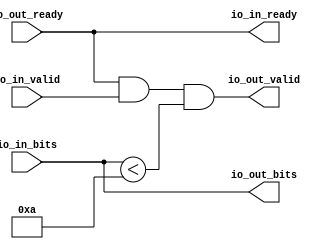
module SmallOdds3Filter(
  output        io_in_ready,
  input         io_in_valid,
  input  [31:0] io_in_bits,
  input         io_out_ready,
  output        io_out_valid,
  output [31:0] io_out_bits
);
  wire  _T_16 = io_in_bits < 32'ha; // @[SmallOdds3.scala 28:38]
  assign io_in_ready = io_out_ready; // @[SmallOdds3.scala 19:18]
  assign io_out_valid = io_out_ready & io_in_valid & _T_16; // @[SmallOdds3.scala 22:49]
  assign io_out_bits = io_in_bits; // @[SmallOdds3.scala 20:18]
endmodule
module Queue(
  input         clock,
  input         reset,
  output        io_enq_ready,
  input         io_enq_valid,
  input  [31:0] io_enq_bits,
  input         io_deq_ready,
  output        io_deq_valid,
  output [31:0] io_deq_bits
);
`ifdef RANDOMIZE_MEM_INIT
  reg [31:0] _RAND_0;
`endif // RANDOMIZE_MEM_INIT
`ifdef RANDOMIZE_REG_INIT
  reg [31:0] _RAND_1;
`endif // RANDOMIZE_REG_INIT
  reg [31:0] ram [0:0]; // @[Decoupled.scala 200:24]
  wire  ram__T_43_en; // @[Decoupled.scala 200:24]
  wire  ram__T_43_addr; // @[Decoupled.scala 200:24]
  wire [31:0] ram__T_43_data; // @[Decoupled.scala 200:24]
  wire [31:0] ram__T_34_data; // @[Decoupled.scala 200:24]
  wire  ram__T_34_addr; // @[Decoupled.scala 200:24]
  wire  ram__T_34_mask; // @[Decoupled.scala 200:24]
  wire  ram__T_34_en; // @[Decoupled.scala 200:24]
  reg  maybe_full; // @[Decoupled.scala 203:35]
  wire  _T_26 = ~maybe_full; // @[Decoupled.scala 206:36]
  wire  do_enq = io_enq_ready & io_enq_valid; // @[Decoupled.scala 29:37]
  wire  do_deq = io_deq_ready & io_deq_valid; // @[Decoupled.scala 29:37]
  assign ram__T_43_en = 1'h1;
  assign ram__T_43_addr = 1'h0;
  assign ram__T_43_data = ram[ram__T_43_addr]; // @[Decoupled.scala 200:24]
  assign ram__T_34_data = io_enq_bits;
  assign ram__T_34_addr = 1'h0;
  assign ram__T_34_mask = 1'h1;
  assign ram__T_34_en = io_enq_ready & io_enq_valid;
  assign io_enq_ready = ~maybe_full; // @[Decoupled.scala 223:19]
  assign io_deq_valid = ~_T_26; // @[Decoupled.scala 222:19]
  assign io_deq_bits = ram__T_43_data; // @[Decoupled.scala 224:15]
  always @(posedge clock) begin
    if (ram__T_34_en & ram__T_34_mask) begin
      ram[ram__T_34_addr] <= ram__T_34_data; // @[Decoupled.scala 200:24]
    end
    if (reset) begin // @[Decoupled.scala 203:35]
      maybe_full <= 1'h0; // @[Decoupled.scala 203:35]
    end else if (do_enq != do_deq) begin // @[Decoupled.scala 218:27]
      maybe_full <= do_enq; // @[Decoupled.scala 219:16]
    end
  end
// Register and memory initialization
`ifdef RANDOMIZE_GARBAGE_ASSIGN
`define RANDOMIZE
`endif
`ifdef RANDOMIZE_INVALID_ASSIGN
`define RANDOMIZE
`endif
`ifdef RANDOMIZE_REG_INIT
`define RANDOMIZE
`endif
`ifdef RANDOMIZE_MEM_INIT
`define RANDOMIZE
`endif
`ifndef RANDOM
`define RANDOM $random
`endif
`ifdef RANDOMIZE_MEM_INIT
  integer initvar;
`endif
`ifndef SYNTHESIS
`ifdef FIRRTL_BEFORE_INITIAL
`FIRRTL_BEFORE_INITIAL
`endif
initial begin
  `ifdef RANDOMIZE
    `ifdef INIT_RANDOM
      `INIT_RANDOM
    `endif
    `ifndef VERILATOR
      `ifdef RANDOMIZE_DELAY
        #`RANDOMIZE_DELAY begin end
      `else
        #0.002 begin end
      `endif
    `endif
`ifdef RANDOMIZE_MEM_INIT
  _RAND_0 = {1{`RANDOM}};
  for (initvar = 0; initvar < 1; initvar = initvar+1)
    ram[initvar] = _RAND_0[31:0];
`endif // RANDOMIZE_MEM_INIT
`ifdef RANDOMIZE_REG_INIT
  _RAND_1 = {1{`RANDOM}};
  maybe_full = _RAND_1[0:0];
`endif // RANDOMIZE_REG_INIT
  `endif // RANDOMIZE
end // initial
`ifdef FIRRTL_AFTER_INITIAL
`FIRRTL_AFTER_INITIAL
`endif
`endif // SYNTHESIS
endmodule
module SmallOdds3Filter_1(
  output        io_in_ready,
  input         io_in_valid,
  input  [31:0] io_in_bits,
  input         io_out_ready,
  output        io_out_valid,
  output [31:0] io_out_bits
);
  wire [31:0] _T_16 = io_in_bits & 32'h1; // @[SmallOdds3.scala 30:52]
  wire  _T_18 = _T_16 == 32'h1; // @[SmallOdds3.scala 30:59]
  assign io_in_ready = io_out_ready; // @[SmallOdds3.scala 19:18]
  assign io_out_valid = io_out_ready & io_in_valid & _T_18; // @[SmallOdds3.scala 22:49]
  assign io_out_bits = io_in_bits; // @[SmallOdds3.scala 20:18]
endmodule
module SmallOdds3(
  input         clock,
  input         reset,
  output        io_in_ready,
  input         io_in_valid,
  input  [31:0] io_in_bits,
  input         io_out_ready,
  output        io_out_valid,
  output [31:0] io_out_bits
);
  wire  SmallOdds3Filter_io_in_ready; // @[SmallOdds3.scala 28:24]
  wire  SmallOdds3Filter_io_in_valid; // @[SmallOdds3.scala 28:24]
  wire [31:0] SmallOdds3Filter_io_in_bits; // @[SmallOdds3.scala 28:24]
  wire  SmallOdds3Filter_io_out_ready; // @[SmallOdds3.scala 28:24]
  wire  SmallOdds3Filter_io_out_valid; // @[SmallOdds3.scala 28:24]
  wire [31:0] SmallOdds3Filter_io_out_bits; // @[SmallOdds3.scala 28:24]
  wire  Queue_clock; // @[SmallOdds3.scala 29:24]
  wire  Queue_reset; // @[SmallOdds3.scala 29:24]
  wire  Queue_io_enq_ready; // @[SmallOdds3.scala 29:24]
  wire  Queue_io_enq_valid; // @[SmallOdds3.scala 29:24]
  wire [31:0] Queue_io_enq_bits; // @[SmallOdds3.scala 29:24]
  wire  Queue_io_deq_ready; // @[SmallOdds3.scala 29:24]
  wire  Queue_io_deq_valid; // @[SmallOdds3.scala 29:24]
  wire [31:0] Queue_io_deq_bits; // @[SmallOdds3.scala 29:24]
  wire  SmallOdds3Filter_1_io_in_ready; // @[SmallOdds3.scala 30:24]
  wire  SmallOdds3Filter_1_io_in_valid; // @[SmallOdds3.scala 30:24]
  wire [31:0] SmallOdds3Filter_1_io_in_bits; // @[SmallOdds3.scala 30:24]
  wire  SmallOdds3Filter_1_io_out_ready; // @[SmallOdds3.scala 30:24]
  wire  SmallOdds3Filter_1_io_out_valid; // @[SmallOdds3.scala 30:24]
  wire [31:0] SmallOdds3Filter_1_io_out_bits; // @[SmallOdds3.scala 30:24]
  SmallOdds3Filter SmallOdds3Filter ( // @[SmallOdds3.scala 28:24]
    .io_in_ready(SmallOdds3Filter_io_in_ready),
    .io_in_valid(SmallOdds3Filter_io_in_valid),
    .io_in_bits(SmallOdds3Filter_io_in_bits),
    .io_out_ready(SmallOdds3Filter_io_out_ready),
    .io_out_valid(SmallOdds3Filter_io_out_valid),
    .io_out_bits(SmallOdds3Filter_io_out_bits)
  );
  Queue Queue ( // @[SmallOdds3.scala 29:24]
    .clock(Queue_clock),
    .reset(Queue_reset),
    .io_enq_ready(Queue_io_enq_ready),
    .io_enq_valid(Queue_io_enq_valid),
    .io_enq_bits(Queue_io_enq_bits),
    .io_deq_ready(Queue_io_deq_ready),
    .io_deq_valid(Queue_io_deq_valid),
    .io_deq_bits(Queue_io_deq_bits)
  );
  SmallOdds3Filter_1 SmallOdds3Filter_1 ( // @[SmallOdds3.scala 30:24]
    .io_in_ready(SmallOdds3Filter_1_io_in_ready),
    .io_in_valid(SmallOdds3Filter_1_io_in_valid),
    .io_in_bits(SmallOdds3Filter_1_io_in_bits),
    .io_out_ready(SmallOdds3Filter_1_io_out_ready),
    .io_out_valid(SmallOdds3Filter_1_io_out_valid),
    .io_out_bits(SmallOdds3Filter_1_io_out_bits)
  );
  assign io_in_ready = SmallOdds3Filter_io_in_ready; // @[SmallOdds3.scala 32:25]
  assign io_out_valid = SmallOdds3Filter_1_io_out_valid; // @[SmallOdds3.scala 47:25]
  assign io_out_bits = SmallOdds3Filter_1_io_out_bits; // @[SmallOdds3.scala 46:25]
  assign SmallOdds3Filter_io_in_valid = io_in_valid; // @[SmallOdds3.scala 34:25]
  assign SmallOdds3Filter_io_in_bits = io_in_bits; // @[SmallOdds3.scala 35:25]
  assign SmallOdds3Filter_io_out_ready = Queue_io_enq_ready; // @[SmallOdds3.scala 36:25]
  assign Queue_clock = clock;
  assign Queue_reset = reset;
  assign Queue_io_enq_valid = SmallOdds3Filter_io_out_valid; // @[SmallOdds3.scala 38:25]
  assign Queue_io_enq_bits = SmallOdds3Filter_io_out_bits; // @[SmallOdds3.scala 39:25]
  assign Queue_io_deq_ready = SmallOdds3Filter_1_io_in_ready; // @[SmallOdds3.scala 40:25]
  assign SmallOdds3Filter_1_io_in_valid = Queue_io_deq_valid; // @[SmallOdds3.scala 42:25]
  assign SmallOdds3Filter_1_io_in_bits = Queue_io_deq_bits; // @[SmallOdds3.scala 43:25]
  assign SmallOdds3Filter_1_io_out_ready = io_out_ready; // @[SmallOdds3.scala 44:25]
endmodule
module SmallOdds3Tester(
  input   clock,
  input   reset
);
`ifdef RANDOMIZE_REG_INIT
  reg [31:0] _RAND_0;
  reg [31:0] _RAND_1;
  reg [31:0] _RAND_2;
  reg [31:0] _RAND_3;
  reg [31:0] _RAND_4;
  reg [31:0] _RAND_5;
  reg [31:0] _RAND_6;
`endif // RANDOMIZE_REG_INIT
  wire  device_under_test_clock; // @[SmallOdds3.scala 54:33]
  wire  device_under_test_reset; // @[SmallOdds3.scala 54:33]
  wire  device_under_test_io_in_ready; // @[SmallOdds3.scala 54:33]
  wire  device_under_test_io_in_valid; // @[SmallOdds3.scala 54:33]
  wire [31:0] device_under_test_io_in_bits; // @[SmallOdds3.scala 54:33]
  wire  device_under_test_io_out_ready; // @[SmallOdds3.scala 54:33]
  wire  device_under_test_io_out_valid; // @[SmallOdds3.scala 54:33]
  wire [31:0] device_under_test_io_out_bits; // @[SmallOdds3.scala 54:33]
  reg [8:0] _T_4; // @[OrderedDecoupledHWIOTester.scala 374:30]
  reg  _T_7; // @[OrderedDecoupledHWIOTester.scala 375:30]
  reg [6:0] _T_10; // @[OrderedDecoupledHWIOTester.scala 374:30]
  reg  _T_13; // @[OrderedDecoupledHWIOTester.scala 375:30]
  wire  _T_14 = _T_7 & _T_13; // @[OrderedDecoupledHWIOTester.scala 402:42]
  wire  _T_16 = ~reset; // @[OrderedDecoupledHWIOTester.scala 403:13]
  reg [13:0] _T_21; // @[OrderedDecoupledHWIOTester.scala 407:21]
  wire [13:0] _T_24 = _T_21 + 14'h1; // @[OrderedDecoupledHWIOTester.scala 408:14]
  wire  _T_26 = _T_21 > 14'h2710; // @[OrderedDecoupledHWIOTester.scala 409:13]
  reg [6:0] value; // @[Counter.scala 17:33]
  wire [4:0] _GEN_1 = 7'h1 == value ? 5'h8 : 5'h0; // @[OrderedDecoupledHWIOTester.scala 283:14 OrderedDecoupledHWIOTester.scala 283:14]
  wire [4:0] _GEN_2 = 7'h2 == value ? 5'h9 : _GEN_1; // @[OrderedDecoupledHWIOTester.scala 283:14 OrderedDecoupledHWIOTester.scala 283:14]
  wire [4:0] _GEN_3 = 7'h3 == value ? 5'h7 : _GEN_2; // @[OrderedDecoupledHWIOTester.scala 283:14 OrderedDecoupledHWIOTester.scala 283:14]
  wire [4:0] _GEN_4 = 7'h4 == value ? 5'hf : _GEN_3; // @[OrderedDecoupledHWIOTester.scala 283:14 OrderedDecoupledHWIOTester.scala 283:14]
  wire [4:0] _GEN_5 = 7'h5 == value ? 5'hd : _GEN_4; // @[OrderedDecoupledHWIOTester.scala 283:14 OrderedDecoupledHWIOTester.scala 283:14]
  wire [4:0] _GEN_6 = 7'h6 == value ? 5'hb : _GEN_5; // @[OrderedDecoupledHWIOTester.scala 283:14 OrderedDecoupledHWIOTester.scala 283:14]
  wire [4:0] _GEN_7 = 7'h7 == value ? 5'h1 : _GEN_6; // @[OrderedDecoupledHWIOTester.scala 283:14 OrderedDecoupledHWIOTester.scala 283:14]
  wire [4:0] _GEN_8 = 7'h8 == value ? 5'h13 : _GEN_7; // @[OrderedDecoupledHWIOTester.scala 283:14 OrderedDecoupledHWIOTester.scala 283:14]
  wire [4:0] _GEN_9 = 7'h9 == value ? 5'he : _GEN_8; // @[OrderedDecoupledHWIOTester.scala 283:14 OrderedDecoupledHWIOTester.scala 283:14]
  wire [4:0] _GEN_10 = 7'ha == value ? 5'h11 : _GEN_9; // @[OrderedDecoupledHWIOTester.scala 283:14 OrderedDecoupledHWIOTester.scala 283:14]
  wire [4:0] _GEN_11 = 7'hb == value ? 5'h11 : _GEN_10; // @[OrderedDecoupledHWIOTester.scala 283:14 OrderedDecoupledHWIOTester.scala 283:14]
  wire [4:0] _GEN_12 = 7'hc == value ? 5'hd : _GEN_11; // @[OrderedDecoupledHWIOTester.scala 283:14 OrderedDecoupledHWIOTester.scala 283:14]
  wire [4:0] _GEN_13 = 7'hd == value ? 5'h2 : _GEN_12; // @[OrderedDecoupledHWIOTester.scala 283:14 OrderedDecoupledHWIOTester.scala 283:14]
  wire [4:0] _GEN_14 = 7'he == value ? 5'hf : _GEN_13; // @[OrderedDecoupledHWIOTester.scala 283:14 OrderedDecoupledHWIOTester.scala 283:14]
  wire [4:0] _GEN_15 = 7'hf == value ? 5'h4 : _GEN_14; // @[OrderedDecoupledHWIOTester.scala 283:14 OrderedDecoupledHWIOTester.scala 283:14]
  wire [4:0] _GEN_16 = 7'h10 == value ? 5'h4 : _GEN_15; // @[OrderedDecoupledHWIOTester.scala 283:14 OrderedDecoupledHWIOTester.scala 283:14]
  wire [4:0] _GEN_17 = 7'h11 == value ? 5'hf : _GEN_16; // @[OrderedDecoupledHWIOTester.scala 283:14 OrderedDecoupledHWIOTester.scala 283:14]
  wire [4:0] _GEN_18 = 7'h12 == value ? 5'h1 : _GEN_17; // @[OrderedDecoupledHWIOTester.scala 283:14 OrderedDecoupledHWIOTester.scala 283:14]
  wire [4:0] _GEN_19 = 7'h13 == value ? 5'h0 : _GEN_18; // @[OrderedDecoupledHWIOTester.scala 283:14 OrderedDecoupledHWIOTester.scala 283:14]
  wire [4:0] _GEN_20 = 7'h14 == value ? 5'h3 : _GEN_19; // @[OrderedDecoupledHWIOTester.scala 283:14 OrderedDecoupledHWIOTester.scala 283:14]
  wire [4:0] _GEN_21 = 7'h15 == value ? 5'h8 : _GEN_20; // @[OrderedDecoupledHWIOTester.scala 283:14 OrderedDecoupledHWIOTester.scala 283:14]
  wire [4:0] _GEN_22 = 7'h16 == value ? 5'h4 : _GEN_21; // @[OrderedDecoupledHWIOTester.scala 283:14 OrderedDecoupledHWIOTester.scala 283:14]
  wire [4:0] _GEN_23 = 7'h17 == value ? 5'h7 : _GEN_22; // @[OrderedDecoupledHWIOTester.scala 283:14 OrderedDecoupledHWIOTester.scala 283:14]
  wire [4:0] _GEN_24 = 7'h18 == value ? 5'hc : _GEN_23; // @[OrderedDecoupledHWIOTester.scala 283:14 OrderedDecoupledHWIOTester.scala 283:14]
  wire [4:0] _GEN_25 = 7'h19 == value ? 5'h0 : _GEN_24; // @[OrderedDecoupledHWIOTester.scala 283:14 OrderedDecoupledHWIOTester.scala 283:14]
  wire [4:0] _GEN_26 = 7'h1a == value ? 5'h3 : _GEN_25; // @[OrderedDecoupledHWIOTester.scala 283:14 OrderedDecoupledHWIOTester.scala 283:14]
  wire [4:0] _GEN_27 = 7'h1b == value ? 5'h2 : _GEN_26; // @[OrderedDecoupledHWIOTester.scala 283:14 OrderedDecoupledHWIOTester.scala 283:14]
  wire [4:0] _GEN_28 = 7'h1c == value ? 5'hc : _GEN_27; // @[OrderedDecoupledHWIOTester.scala 283:14 OrderedDecoupledHWIOTester.scala 283:14]
  wire [4:0] _GEN_29 = 7'h1d == value ? 5'h3 : _GEN_28; // @[OrderedDecoupledHWIOTester.scala 283:14 OrderedDecoupledHWIOTester.scala 283:14]
  wire [4:0] _GEN_30 = 7'h1e == value ? 5'h5 : _GEN_29; // @[OrderedDecoupledHWIOTester.scala 283:14 OrderedDecoupledHWIOTester.scala 283:14]
  wire [4:0] _GEN_31 = 7'h1f == value ? 5'h5 : _GEN_30; // @[OrderedDecoupledHWIOTester.scala 283:14 OrderedDecoupledHWIOTester.scala 283:14]
  wire [4:0] _GEN_32 = 7'h20 == value ? 5'h11 : _GEN_31; // @[OrderedDecoupledHWIOTester.scala 283:14 OrderedDecoupledHWIOTester.scala 283:14]
  wire [4:0] _GEN_33 = 7'h21 == value ? 5'h7 : _GEN_32; // @[OrderedDecoupledHWIOTester.scala 283:14 OrderedDecoupledHWIOTester.scala 283:14]
  wire [4:0] _GEN_34 = 7'h22 == value ? 5'h2 : _GEN_33; // @[OrderedDecoupledHWIOTester.scala 283:14 OrderedDecoupledHWIOTester.scala 283:14]
  wire [4:0] _GEN_35 = 7'h23 == value ? 5'h2 : _GEN_34; // @[OrderedDecoupledHWIOTester.scala 283:14 OrderedDecoupledHWIOTester.scala 283:14]
  wire [4:0] _GEN_36 = 7'h24 == value ? 5'h5 : _GEN_35; // @[OrderedDecoupledHWIOTester.scala 283:14 OrderedDecoupledHWIOTester.scala 283:14]
  wire [4:0] _GEN_37 = 7'h25 == value ? 5'hd : _GEN_36; // @[OrderedDecoupledHWIOTester.scala 283:14 OrderedDecoupledHWIOTester.scala 283:14]
  wire [4:0] _GEN_38 = 7'h26 == value ? 5'h12 : _GEN_37; // @[OrderedDecoupledHWIOTester.scala 283:14 OrderedDecoupledHWIOTester.scala 283:14]
  wire [4:0] _GEN_39 = 7'h27 == value ? 5'hf : _GEN_38; // @[OrderedDecoupledHWIOTester.scala 283:14 OrderedDecoupledHWIOTester.scala 283:14]
  wire [4:0] _GEN_40 = 7'h28 == value ? 5'h0 : _GEN_39; // @[OrderedDecoupledHWIOTester.scala 283:14 OrderedDecoupledHWIOTester.scala 283:14]
  wire [4:0] _GEN_41 = 7'h29 == value ? 5'hf : _GEN_40; // @[OrderedDecoupledHWIOTester.scala 283:14 OrderedDecoupledHWIOTester.scala 283:14]
  wire [4:0] _GEN_42 = 7'h2a == value ? 5'hf : _GEN_41; // @[OrderedDecoupledHWIOTester.scala 283:14 OrderedDecoupledHWIOTester.scala 283:14]
  wire [4:0] _GEN_43 = 7'h2b == value ? 5'ha : _GEN_42; // @[OrderedDecoupledHWIOTester.scala 283:14 OrderedDecoupledHWIOTester.scala 283:14]
  wire [4:0] _GEN_44 = 7'h2c == value ? 5'h12 : _GEN_43; // @[OrderedDecoupledHWIOTester.scala 283:14 OrderedDecoupledHWIOTester.scala 283:14]
  wire [4:0] _GEN_45 = 7'h2d == value ? 5'hb : _GEN_44; // @[OrderedDecoupledHWIOTester.scala 283:14 OrderedDecoupledHWIOTester.scala 283:14]
  wire [4:0] _GEN_46 = 7'h2e == value ? 5'he : _GEN_45; // @[OrderedDecoupledHWIOTester.scala 283:14 OrderedDecoupledHWIOTester.scala 283:14]
  wire [4:0] _GEN_47 = 7'h2f == value ? 5'h10 : _GEN_46; // @[OrderedDecoupledHWIOTester.scala 283:14 OrderedDecoupledHWIOTester.scala 283:14]
  wire [4:0] _GEN_48 = 7'h30 == value ? 5'hc : _GEN_47; // @[OrderedDecoupledHWIOTester.scala 283:14 OrderedDecoupledHWIOTester.scala 283:14]
  wire [4:0] _GEN_49 = 7'h31 == value ? 5'h2 : _GEN_48; // @[OrderedDecoupledHWIOTester.scala 283:14 OrderedDecoupledHWIOTester.scala 283:14]
  wire [4:0] _GEN_50 = 7'h32 == value ? 5'h13 : _GEN_49; // @[OrderedDecoupledHWIOTester.scala 283:14 OrderedDecoupledHWIOTester.scala 283:14]
  wire [4:0] _GEN_51 = 7'h33 == value ? 5'h11 : _GEN_50; // @[OrderedDecoupledHWIOTester.scala 283:14 OrderedDecoupledHWIOTester.scala 283:14]
  wire [4:0] _GEN_52 = 7'h34 == value ? 5'h10 : _GEN_51; // @[OrderedDecoupledHWIOTester.scala 283:14 OrderedDecoupledHWIOTester.scala 283:14]
  wire [4:0] _GEN_53 = 7'h35 == value ? 5'h6 : _GEN_52; // @[OrderedDecoupledHWIOTester.scala 283:14 OrderedDecoupledHWIOTester.scala 283:14]
  wire [4:0] _GEN_54 = 7'h36 == value ? 5'h7 : _GEN_53; // @[OrderedDecoupledHWIOTester.scala 283:14 OrderedDecoupledHWIOTester.scala 283:14]
  wire [4:0] _GEN_55 = 7'h37 == value ? 5'h10 : _GEN_54; // @[OrderedDecoupledHWIOTester.scala 283:14 OrderedDecoupledHWIOTester.scala 283:14]
  wire [4:0] _GEN_56 = 7'h38 == value ? 5'h8 : _GEN_55; // @[OrderedDecoupledHWIOTester.scala 283:14 OrderedDecoupledHWIOTester.scala 283:14]
  wire [4:0] _GEN_57 = 7'h39 == value ? 5'h11 : _GEN_56; // @[OrderedDecoupledHWIOTester.scala 283:14 OrderedDecoupledHWIOTester.scala 283:14]
  wire [4:0] _GEN_58 = 7'h3a == value ? 5'h3 : _GEN_57; // @[OrderedDecoupledHWIOTester.scala 283:14 OrderedDecoupledHWIOTester.scala 283:14]
  wire [4:0] _GEN_59 = 7'h3b == value ? 5'h7 : _GEN_58; // @[OrderedDecoupledHWIOTester.scala 283:14 OrderedDecoupledHWIOTester.scala 283:14]
  wire [4:0] _GEN_60 = 7'h3c == value ? 5'h7 : _GEN_59; // @[OrderedDecoupledHWIOTester.scala 283:14 OrderedDecoupledHWIOTester.scala 283:14]
  wire [4:0] _GEN_61 = 7'h3d == value ? 5'h8 : _GEN_60; // @[OrderedDecoupledHWIOTester.scala 283:14 OrderedDecoupledHWIOTester.scala 283:14]
  wire [4:0] _GEN_62 = 7'h3e == value ? 5'h5 : _GEN_61; // @[OrderedDecoupledHWIOTester.scala 283:14 OrderedDecoupledHWIOTester.scala 283:14]
  wire [4:0] _GEN_63 = 7'h3f == value ? 5'h12 : _GEN_62; // @[OrderedDecoupledHWIOTester.scala 283:14 OrderedDecoupledHWIOTester.scala 283:14]
  wire [4:0] _GEN_64 = 7'h40 == value ? 5'h8 : _GEN_63; // @[OrderedDecoupledHWIOTester.scala 283:14 OrderedDecoupledHWIOTester.scala 283:14]
  wire [4:0] _GEN_65 = 7'h41 == value ? 5'h11 : _GEN_64; // @[OrderedDecoupledHWIOTester.scala 283:14 OrderedDecoupledHWIOTester.scala 283:14]
  wire [4:0] _GEN_66 = 7'h42 == value ? 5'hb : _GEN_65; // @[OrderedDecoupledHWIOTester.scala 283:14 OrderedDecoupledHWIOTester.scala 283:14]
  wire [4:0] _GEN_67 = 7'h43 == value ? 5'h12 : _GEN_66; // @[OrderedDecoupledHWIOTester.scala 283:14 OrderedDecoupledHWIOTester.scala 283:14]
  wire [4:0] _GEN_68 = 7'h44 == value ? 5'h12 : _GEN_67; // @[OrderedDecoupledHWIOTester.scala 283:14 OrderedDecoupledHWIOTester.scala 283:14]
  wire [4:0] _GEN_69 = 7'h45 == value ? 5'h12 : _GEN_68; // @[OrderedDecoupledHWIOTester.scala 283:14 OrderedDecoupledHWIOTester.scala 283:14]
  wire [4:0] _GEN_70 = 7'h46 == value ? 5'h12 : _GEN_69; // @[OrderedDecoupledHWIOTester.scala 283:14 OrderedDecoupledHWIOTester.scala 283:14]
  wire [4:0] _GEN_71 = 7'h47 == value ? 5'hc : _GEN_70; // @[OrderedDecoupledHWIOTester.scala 283:14 OrderedDecoupledHWIOTester.scala 283:14]
  wire [4:0] _GEN_72 = 7'h48 == value ? 5'h11 : _GEN_71; // @[OrderedDecoupledHWIOTester.scala 283:14 OrderedDecoupledHWIOTester.scala 283:14]
  wire [4:0] _GEN_73 = 7'h49 == value ? 5'hb : _GEN_72; // @[OrderedDecoupledHWIOTester.scala 283:14 OrderedDecoupledHWIOTester.scala 283:14]
  wire [4:0] _GEN_74 = 7'h4a == value ? 5'h6 : _GEN_73; // @[OrderedDecoupledHWIOTester.scala 283:14 OrderedDecoupledHWIOTester.scala 283:14]
  wire [4:0] _GEN_75 = 7'h4b == value ? 5'h0 : _GEN_74; // @[OrderedDecoupledHWIOTester.scala 283:14 OrderedDecoupledHWIOTester.scala 283:14]
  wire [4:0] _GEN_76 = 7'h4c == value ? 5'h11 : _GEN_75; // @[OrderedDecoupledHWIOTester.scala 283:14 OrderedDecoupledHWIOTester.scala 283:14]
  wire [4:0] _GEN_77 = 7'h4d == value ? 5'h2 : _GEN_76; // @[OrderedDecoupledHWIOTester.scala 283:14 OrderedDecoupledHWIOTester.scala 283:14]
  wire [4:0] _GEN_78 = 7'h4e == value ? 5'hf : _GEN_77; // @[OrderedDecoupledHWIOTester.scala 283:14 OrderedDecoupledHWIOTester.scala 283:14]
  wire [4:0] _GEN_79 = 7'h4f == value ? 5'h0 : _GEN_78; // @[OrderedDecoupledHWIOTester.scala 283:14 OrderedDecoupledHWIOTester.scala 283:14]
  wire [4:0] _GEN_80 = 7'h50 == value ? 5'h7 : _GEN_79; // @[OrderedDecoupledHWIOTester.scala 283:14 OrderedDecoupledHWIOTester.scala 283:14]
  wire [4:0] _GEN_81 = 7'h51 == value ? 5'hd : _GEN_80; // @[OrderedDecoupledHWIOTester.scala 283:14 OrderedDecoupledHWIOTester.scala 283:14]
  wire [4:0] _GEN_82 = 7'h52 == value ? 5'h11 : _GEN_81; // @[OrderedDecoupledHWIOTester.scala 283:14 OrderedDecoupledHWIOTester.scala 283:14]
  wire [4:0] _GEN_83 = 7'h53 == value ? 5'h9 : _GEN_82; // @[OrderedDecoupledHWIOTester.scala 283:14 OrderedDecoupledHWIOTester.scala 283:14]
  wire [4:0] _GEN_84 = 7'h54 == value ? 5'h5 : _GEN_83; // @[OrderedDecoupledHWIOTester.scala 283:14 OrderedDecoupledHWIOTester.scala 283:14]
  wire [4:0] _GEN_85 = 7'h55 == value ? 5'hc : _GEN_84; // @[OrderedDecoupledHWIOTester.scala 283:14 OrderedDecoupledHWIOTester.scala 283:14]
  wire [4:0] _GEN_86 = 7'h56 == value ? 5'h9 : _GEN_85; // @[OrderedDecoupledHWIOTester.scala 283:14 OrderedDecoupledHWIOTester.scala 283:14]
  wire [4:0] _GEN_87 = 7'h57 == value ? 5'h3 : _GEN_86; // @[OrderedDecoupledHWIOTester.scala 283:14 OrderedDecoupledHWIOTester.scala 283:14]
  wire [4:0] _GEN_88 = 7'h58 == value ? 5'h1 : _GEN_87; // @[OrderedDecoupledHWIOTester.scala 283:14 OrderedDecoupledHWIOTester.scala 283:14]
  wire [4:0] _GEN_89 = 7'h59 == value ? 5'h1 : _GEN_88; // @[OrderedDecoupledHWIOTester.scala 283:14 OrderedDecoupledHWIOTester.scala 283:14]
  wire [4:0] _GEN_90 = 7'h5a == value ? 5'h3 : _GEN_89; // @[OrderedDecoupledHWIOTester.scala 283:14 OrderedDecoupledHWIOTester.scala 283:14]
  wire [4:0] _GEN_91 = 7'h5b == value ? 5'h0 : _GEN_90; // @[OrderedDecoupledHWIOTester.scala 283:14 OrderedDecoupledHWIOTester.scala 283:14]
  wire [4:0] _GEN_92 = 7'h5c == value ? 5'h8 : _GEN_91; // @[OrderedDecoupledHWIOTester.scala 283:14 OrderedDecoupledHWIOTester.scala 283:14]
  wire [4:0] _GEN_93 = 7'h5d == value ? 5'he : _GEN_92; // @[OrderedDecoupledHWIOTester.scala 283:14 OrderedDecoupledHWIOTester.scala 283:14]
  wire [4:0] _GEN_94 = 7'h5e == value ? 5'h10 : _GEN_93; // @[OrderedDecoupledHWIOTester.scala 283:14 OrderedDecoupledHWIOTester.scala 283:14]
  wire [4:0] _GEN_95 = 7'h5f == value ? 5'h3 : _GEN_94; // @[OrderedDecoupledHWIOTester.scala 283:14 OrderedDecoupledHWIOTester.scala 283:14]
  wire [4:0] _GEN_96 = 7'h60 == value ? 5'h11 : _GEN_95; // @[OrderedDecoupledHWIOTester.scala 283:14 OrderedDecoupledHWIOTester.scala 283:14]
  wire [4:0] _GEN_97 = 7'h61 == value ? 5'h2 : _GEN_96; // @[OrderedDecoupledHWIOTester.scala 283:14 OrderedDecoupledHWIOTester.scala 283:14]
  wire [4:0] _GEN_98 = 7'h62 == value ? 5'h5 : _GEN_97; // @[OrderedDecoupledHWIOTester.scala 283:14 OrderedDecoupledHWIOTester.scala 283:14]
  wire [4:0] _GEN_99 = 7'h63 == value ? 5'hb : _GEN_98; // @[OrderedDecoupledHWIOTester.scala 283:14 OrderedDecoupledHWIOTester.scala 283:14]
  wire [4:0] _GEN_100 = 7'h64 == value ? 5'h10 : _GEN_99; // @[OrderedDecoupledHWIOTester.scala 283:14 OrderedDecoupledHWIOTester.scala 283:14]
  wire [4:0] _GEN_101 = 7'h65 == value ? 5'h0 : _GEN_100; // @[OrderedDecoupledHWIOTester.scala 283:14 OrderedDecoupledHWIOTester.scala 283:14]
  wire  _T_457 = value == 7'h64; // @[Counter.scala 25:24]
  wire [6:0] _T_460 = value + 7'h1; // @[Counter.scala 26:22]
  wire  _GEN_205 = _T_4 == 9'h64 | _T_7; // @[OrderedDecoupledHWIOTester.scala 381:48 OrderedDecoupledHWIOTester.scala 382:23 OrderedDecoupledHWIOTester.scala 375:30]
  wire [8:0] _T_469 = _T_4 + 9'h1; // @[OrderedDecoupledHWIOTester.scala 384:28]
  reg [4:0] value_1; // @[Counter.scala 17:33]
  wire  _GEN_238 = 7'h1b == _T_10 ? 1'h0 : 1'h1; // @[OrderedDecoupledHWIOTester.scala 314:30 OrderedDecoupledHWIOTester.scala 314:30]
  wire  _GEN_239 = 7'h1c == _T_10 ? 1'h0 : _GEN_238; // @[OrderedDecoupledHWIOTester.scala 314:30 OrderedDecoupledHWIOTester.scala 314:30]
  wire  _GEN_240 = 7'h1d == _T_10 ? 1'h0 : _GEN_239; // @[OrderedDecoupledHWIOTester.scala 314:30 OrderedDecoupledHWIOTester.scala 314:30]
  wire  _GEN_241 = 7'h1e == _T_10 ? 1'h0 : _GEN_240; // @[OrderedDecoupledHWIOTester.scala 314:30 OrderedDecoupledHWIOTester.scala 314:30]
  wire  _GEN_242 = 7'h1f == _T_10 ? 1'h0 : _GEN_241; // @[OrderedDecoupledHWIOTester.scala 314:30 OrderedDecoupledHWIOTester.scala 314:30]
  wire  _GEN_243 = 7'h20 == _T_10 ? 1'h0 : _GEN_242; // @[OrderedDecoupledHWIOTester.scala 314:30 OrderedDecoupledHWIOTester.scala 314:30]
  wire  _GEN_244 = 7'h21 == _T_10 ? 1'h0 : _GEN_243; // @[OrderedDecoupledHWIOTester.scala 314:30 OrderedDecoupledHWIOTester.scala 314:30]
  wire  _GEN_245 = 7'h22 == _T_10 ? 1'h0 : _GEN_244; // @[OrderedDecoupledHWIOTester.scala 314:30 OrderedDecoupledHWIOTester.scala 314:30]
  wire  _GEN_246 = 7'h23 == _T_10 ? 1'h0 : _GEN_245; // @[OrderedDecoupledHWIOTester.scala 314:30 OrderedDecoupledHWIOTester.scala 314:30]
  wire  _GEN_247 = 7'h24 == _T_10 ? 1'h0 : _GEN_246; // @[OrderedDecoupledHWIOTester.scala 314:30 OrderedDecoupledHWIOTester.scala 314:30]
  wire  _GEN_248 = 7'h25 == _T_10 ? 1'h0 : _GEN_247; // @[OrderedDecoupledHWIOTester.scala 314:30 OrderedDecoupledHWIOTester.scala 314:30]
  wire  _GEN_249 = 7'h26 == _T_10 ? 1'h0 : _GEN_248; // @[OrderedDecoupledHWIOTester.scala 314:30 OrderedDecoupledHWIOTester.scala 314:30]
  wire  _GEN_250 = 7'h27 == _T_10 ? 1'h0 : _GEN_249; // @[OrderedDecoupledHWIOTester.scala 314:30 OrderedDecoupledHWIOTester.scala 314:30]
  wire  _GEN_251 = 7'h28 == _T_10 ? 1'h0 : _GEN_250; // @[OrderedDecoupledHWIOTester.scala 314:30 OrderedDecoupledHWIOTester.scala 314:30]
  wire  _GEN_252 = 7'h29 == _T_10 ? 1'h0 : _GEN_251; // @[OrderedDecoupledHWIOTester.scala 314:30 OrderedDecoupledHWIOTester.scala 314:30]
  wire  _GEN_253 = 7'h2a == _T_10 ? 1'h0 : _GEN_252; // @[OrderedDecoupledHWIOTester.scala 314:30 OrderedDecoupledHWIOTester.scala 314:30]
  wire  _GEN_254 = 7'h2b == _T_10 ? 1'h0 : _GEN_253; // @[OrderedDecoupledHWIOTester.scala 314:30 OrderedDecoupledHWIOTester.scala 314:30]
  wire  _GEN_255 = 7'h2c == _T_10 ? 1'h0 : _GEN_254; // @[OrderedDecoupledHWIOTester.scala 314:30 OrderedDecoupledHWIOTester.scala 314:30]
  wire  _GEN_256 = 7'h2d == _T_10 ? 1'h0 : _GEN_255; // @[OrderedDecoupledHWIOTester.scala 314:30 OrderedDecoupledHWIOTester.scala 314:30]
  wire  _GEN_257 = 7'h2e == _T_10 ? 1'h0 : _GEN_256; // @[OrderedDecoupledHWIOTester.scala 314:30 OrderedDecoupledHWIOTester.scala 314:30]
  wire  _GEN_258 = 7'h2f == _T_10 ? 1'h0 : _GEN_257; // @[OrderedDecoupledHWIOTester.scala 314:30 OrderedDecoupledHWIOTester.scala 314:30]
  wire  _GEN_259 = 7'h30 == _T_10 ? 1'h0 : _GEN_258; // @[OrderedDecoupledHWIOTester.scala 314:30 OrderedDecoupledHWIOTester.scala 314:30]
  wire  _GEN_260 = 7'h31 == _T_10 ? 1'h0 : _GEN_259; // @[OrderedDecoupledHWIOTester.scala 314:30 OrderedDecoupledHWIOTester.scala 314:30]
  wire  _GEN_261 = 7'h32 == _T_10 ? 1'h0 : _GEN_260; // @[OrderedDecoupledHWIOTester.scala 314:30 OrderedDecoupledHWIOTester.scala 314:30]
  wire  _GEN_262 = 7'h33 == _T_10 ? 1'h0 : _GEN_261; // @[OrderedDecoupledHWIOTester.scala 314:30 OrderedDecoupledHWIOTester.scala 314:30]
  wire  _GEN_263 = 7'h34 == _T_10 ? 1'h0 : _GEN_262; // @[OrderedDecoupledHWIOTester.scala 314:30 OrderedDecoupledHWIOTester.scala 314:30]
  wire  _GEN_264 = 7'h35 == _T_10 ? 1'h0 : _GEN_263; // @[OrderedDecoupledHWIOTester.scala 314:30 OrderedDecoupledHWIOTester.scala 314:30]
  wire  _GEN_265 = 7'h36 == _T_10 ? 1'h0 : _GEN_264; // @[OrderedDecoupledHWIOTester.scala 314:30 OrderedDecoupledHWIOTester.scala 314:30]
  wire  _GEN_266 = 7'h37 == _T_10 ? 1'h0 : _GEN_265; // @[OrderedDecoupledHWIOTester.scala 314:30 OrderedDecoupledHWIOTester.scala 314:30]
  wire  _GEN_267 = 7'h38 == _T_10 ? 1'h0 : _GEN_266; // @[OrderedDecoupledHWIOTester.scala 314:30 OrderedDecoupledHWIOTester.scala 314:30]
  wire  _GEN_268 = 7'h39 == _T_10 ? 1'h0 : _GEN_267; // @[OrderedDecoupledHWIOTester.scala 314:30 OrderedDecoupledHWIOTester.scala 314:30]
  wire  _GEN_269 = 7'h3a == _T_10 ? 1'h0 : _GEN_268; // @[OrderedDecoupledHWIOTester.scala 314:30 OrderedDecoupledHWIOTester.scala 314:30]
  wire  _GEN_270 = 7'h3b == _T_10 ? 1'h0 : _GEN_269; // @[OrderedDecoupledHWIOTester.scala 314:30 OrderedDecoupledHWIOTester.scala 314:30]
  wire  _GEN_271 = 7'h3c == _T_10 ? 1'h0 : _GEN_270; // @[OrderedDecoupledHWIOTester.scala 314:30 OrderedDecoupledHWIOTester.scala 314:30]
  wire  _GEN_272 = 7'h3d == _T_10 ? 1'h0 : _GEN_271; // @[OrderedDecoupledHWIOTester.scala 314:30 OrderedDecoupledHWIOTester.scala 314:30]
  wire  _GEN_273 = 7'h3e == _T_10 ? 1'h0 : _GEN_272; // @[OrderedDecoupledHWIOTester.scala 314:30 OrderedDecoupledHWIOTester.scala 314:30]
  wire  _GEN_274 = 7'h3f == _T_10 ? 1'h0 : _GEN_273; // @[OrderedDecoupledHWIOTester.scala 314:30 OrderedDecoupledHWIOTester.scala 314:30]
  wire  _GEN_275 = 7'h40 == _T_10 ? 1'h0 : _GEN_274; // @[OrderedDecoupledHWIOTester.scala 314:30 OrderedDecoupledHWIOTester.scala 314:30]
  wire  _GEN_276 = 7'h41 == _T_10 ? 1'h0 : _GEN_275; // @[OrderedDecoupledHWIOTester.scala 314:30 OrderedDecoupledHWIOTester.scala 314:30]
  wire  _GEN_277 = 7'h42 == _T_10 ? 1'h0 : _GEN_276; // @[OrderedDecoupledHWIOTester.scala 314:30 OrderedDecoupledHWIOTester.scala 314:30]
  wire  _GEN_278 = 7'h43 == _T_10 ? 1'h0 : _GEN_277; // @[OrderedDecoupledHWIOTester.scala 314:30 OrderedDecoupledHWIOTester.scala 314:30]
  wire  _GEN_279 = 7'h44 == _T_10 ? 1'h0 : _GEN_278; // @[OrderedDecoupledHWIOTester.scala 314:30 OrderedDecoupledHWIOTester.scala 314:30]
  wire  _GEN_280 = 7'h45 == _T_10 ? 1'h0 : _GEN_279; // @[OrderedDecoupledHWIOTester.scala 314:30 OrderedDecoupledHWIOTester.scala 314:30]
  wire  _GEN_281 = 7'h46 == _T_10 ? 1'h0 : _GEN_280; // @[OrderedDecoupledHWIOTester.scala 314:30 OrderedDecoupledHWIOTester.scala 314:30]
  wire  _GEN_282 = 7'h47 == _T_10 ? 1'h0 : _GEN_281; // @[OrderedDecoupledHWIOTester.scala 314:30 OrderedDecoupledHWIOTester.scala 314:30]
  wire  _GEN_283 = 7'h48 == _T_10 ? 1'h0 : _GEN_282; // @[OrderedDecoupledHWIOTester.scala 314:30 OrderedDecoupledHWIOTester.scala 314:30]
  wire  _GEN_284 = 7'h49 == _T_10 ? 1'h0 : _GEN_283; // @[OrderedDecoupledHWIOTester.scala 314:30 OrderedDecoupledHWIOTester.scala 314:30]
  wire  _GEN_285 = 7'h4a == _T_10 ? 1'h0 : _GEN_284; // @[OrderedDecoupledHWIOTester.scala 314:30 OrderedDecoupledHWIOTester.scala 314:30]
  wire  _GEN_286 = 7'h4b == _T_10 ? 1'h0 : _GEN_285; // @[OrderedDecoupledHWIOTester.scala 314:30 OrderedDecoupledHWIOTester.scala 314:30]
  wire  _GEN_287 = 7'h4c == _T_10 ? 1'h0 : _GEN_286; // @[OrderedDecoupledHWIOTester.scala 314:30 OrderedDecoupledHWIOTester.scala 314:30]
  wire  _GEN_288 = 7'h4d == _T_10 ? 1'h0 : _GEN_287; // @[OrderedDecoupledHWIOTester.scala 314:30 OrderedDecoupledHWIOTester.scala 314:30]
  wire  _GEN_289 = 7'h4e == _T_10 ? 1'h0 : _GEN_288; // @[OrderedDecoupledHWIOTester.scala 314:30 OrderedDecoupledHWIOTester.scala 314:30]
  wire  _GEN_290 = 7'h4f == _T_10 ? 1'h0 : _GEN_289; // @[OrderedDecoupledHWIOTester.scala 314:30 OrderedDecoupledHWIOTester.scala 314:30]
  wire  _GEN_291 = 7'h50 == _T_10 ? 1'h0 : _GEN_290; // @[OrderedDecoupledHWIOTester.scala 314:30 OrderedDecoupledHWIOTester.scala 314:30]
  wire  _GEN_292 = 7'h51 == _T_10 ? 1'h0 : _GEN_291; // @[OrderedDecoupledHWIOTester.scala 314:30 OrderedDecoupledHWIOTester.scala 314:30]
  wire  _GEN_293 = 7'h52 == _T_10 ? 1'h0 : _GEN_292; // @[OrderedDecoupledHWIOTester.scala 314:30 OrderedDecoupledHWIOTester.scala 314:30]
  wire  _GEN_294 = 7'h53 == _T_10 ? 1'h0 : _GEN_293; // @[OrderedDecoupledHWIOTester.scala 314:30 OrderedDecoupledHWIOTester.scala 314:30]
  wire  _GEN_295 = 7'h54 == _T_10 ? 1'h0 : _GEN_294; // @[OrderedDecoupledHWIOTester.scala 314:30 OrderedDecoupledHWIOTester.scala 314:30]
  wire  _GEN_296 = 7'h55 == _T_10 ? 1'h0 : _GEN_295; // @[OrderedDecoupledHWIOTester.scala 314:30 OrderedDecoupledHWIOTester.scala 314:30]
  wire  _GEN_297 = 7'h56 == _T_10 ? 1'h0 : _GEN_296; // @[OrderedDecoupledHWIOTester.scala 314:30 OrderedDecoupledHWIOTester.scala 314:30]
  wire  _GEN_298 = 7'h57 == _T_10 ? 1'h0 : _GEN_297; // @[OrderedDecoupledHWIOTester.scala 314:30 OrderedDecoupledHWIOTester.scala 314:30]
  wire  _GEN_299 = 7'h58 == _T_10 ? 1'h0 : _GEN_298; // @[OrderedDecoupledHWIOTester.scala 314:30 OrderedDecoupledHWIOTester.scala 314:30]
  wire  _GEN_300 = 7'h59 == _T_10 ? 1'h0 : _GEN_299; // @[OrderedDecoupledHWIOTester.scala 314:30 OrderedDecoupledHWIOTester.scala 314:30]
  wire  _GEN_301 = 7'h5a == _T_10 ? 1'h0 : _GEN_300; // @[OrderedDecoupledHWIOTester.scala 314:30 OrderedDecoupledHWIOTester.scala 314:30]
  wire  _GEN_302 = 7'h5b == _T_10 ? 1'h0 : _GEN_301; // @[OrderedDecoupledHWIOTester.scala 314:30 OrderedDecoupledHWIOTester.scala 314:30]
  wire  _GEN_303 = 7'h5c == _T_10 ? 1'h0 : _GEN_302; // @[OrderedDecoupledHWIOTester.scala 314:30 OrderedDecoupledHWIOTester.scala 314:30]
  wire  _GEN_304 = 7'h5d == _T_10 ? 1'h0 : _GEN_303; // @[OrderedDecoupledHWIOTester.scala 314:30 OrderedDecoupledHWIOTester.scala 314:30]
  wire  _GEN_305 = 7'h5e == _T_10 ? 1'h0 : _GEN_304; // @[OrderedDecoupledHWIOTester.scala 314:30 OrderedDecoupledHWIOTester.scala 314:30]
  wire  _GEN_306 = 7'h5f == _T_10 ? 1'h0 : _GEN_305; // @[OrderedDecoupledHWIOTester.scala 314:30 OrderedDecoupledHWIOTester.scala 314:30]
  wire  _GEN_307 = 7'h60 == _T_10 ? 1'h0 : _GEN_306; // @[OrderedDecoupledHWIOTester.scala 314:30 OrderedDecoupledHWIOTester.scala 314:30]
  wire  _GEN_308 = 7'h61 == _T_10 ? 1'h0 : _GEN_307; // @[OrderedDecoupledHWIOTester.scala 314:30 OrderedDecoupledHWIOTester.scala 314:30]
  wire  _GEN_309 = 7'h62 == _T_10 ? 1'h0 : _GEN_308; // @[OrderedDecoupledHWIOTester.scala 314:30 OrderedDecoupledHWIOTester.scala 314:30]
  wire  _GEN_310 = 7'h63 == _T_10 ? 1'h0 : _GEN_309; // @[OrderedDecoupledHWIOTester.scala 314:30 OrderedDecoupledHWIOTester.scala 314:30]
  wire  _GEN_311 = 7'h64 == _T_10 ? 1'h0 : _GEN_310; // @[OrderedDecoupledHWIOTester.scala 314:30 OrderedDecoupledHWIOTester.scala 314:30]
  wire  _T_743 = device_under_test_io_out_ready & device_under_test_io_out_valid; // @[OrderedDecoupledHWIOTester.scala 316:35]
  wire [3:0] _GEN_314 = 5'h1 == value_1 ? 4'h7 : 4'h9; // @[OrderedDecoupledHWIOTester.scala 318:17 OrderedDecoupledHWIOTester.scala 318:17]
  wire [3:0] _GEN_315 = 5'h2 == value_1 ? 4'h1 : _GEN_314; // @[OrderedDecoupledHWIOTester.scala 318:17 OrderedDecoupledHWIOTester.scala 318:17]
  wire [3:0] _GEN_316 = 5'h3 == value_1 ? 4'h1 : _GEN_315; // @[OrderedDecoupledHWIOTester.scala 318:17 OrderedDecoupledHWIOTester.scala 318:17]
  wire [3:0] _GEN_317 = 5'h4 == value_1 ? 4'h3 : _GEN_316; // @[OrderedDecoupledHWIOTester.scala 318:17 OrderedDecoupledHWIOTester.scala 318:17]
  wire [3:0] _GEN_318 = 5'h5 == value_1 ? 4'h7 : _GEN_317; // @[OrderedDecoupledHWIOTester.scala 318:17 OrderedDecoupledHWIOTester.scala 318:17]
  wire [3:0] _GEN_319 = 5'h6 == value_1 ? 4'h3 : _GEN_318; // @[OrderedDecoupledHWIOTester.scala 318:17 OrderedDecoupledHWIOTester.scala 318:17]
  wire [3:0] _GEN_320 = 5'h7 == value_1 ? 4'h3 : _GEN_319; // @[OrderedDecoupledHWIOTester.scala 318:17 OrderedDecoupledHWIOTester.scala 318:17]
  wire [3:0] _GEN_321 = 5'h8 == value_1 ? 4'h5 : _GEN_320; // @[OrderedDecoupledHWIOTester.scala 318:17 OrderedDecoupledHWIOTester.scala 318:17]
  wire [3:0] _GEN_322 = 5'h9 == value_1 ? 4'h5 : _GEN_321; // @[OrderedDecoupledHWIOTester.scala 318:17 OrderedDecoupledHWIOTester.scala 318:17]
  wire [3:0] _GEN_323 = 5'ha == value_1 ? 4'h7 : _GEN_322; // @[OrderedDecoupledHWIOTester.scala 318:17 OrderedDecoupledHWIOTester.scala 318:17]
  wire [3:0] _GEN_324 = 5'hb == value_1 ? 4'h5 : _GEN_323; // @[OrderedDecoupledHWIOTester.scala 318:17 OrderedDecoupledHWIOTester.scala 318:17]
  wire [3:0] _GEN_325 = 5'hc == value_1 ? 4'h7 : _GEN_324; // @[OrderedDecoupledHWIOTester.scala 318:17 OrderedDecoupledHWIOTester.scala 318:17]
  wire [3:0] _GEN_326 = 5'hd == value_1 ? 4'h3 : _GEN_325; // @[OrderedDecoupledHWIOTester.scala 318:17 OrderedDecoupledHWIOTester.scala 318:17]
  wire [3:0] _GEN_327 = 5'he == value_1 ? 4'h7 : _GEN_326; // @[OrderedDecoupledHWIOTester.scala 318:17 OrderedDecoupledHWIOTester.scala 318:17]
  wire [3:0] _GEN_328 = 5'hf == value_1 ? 4'h7 : _GEN_327; // @[OrderedDecoupledHWIOTester.scala 318:17 OrderedDecoupledHWIOTester.scala 318:17]
  wire [3:0] _GEN_329 = 5'h10 == value_1 ? 4'h5 : _GEN_328; // @[OrderedDecoupledHWIOTester.scala 318:17 OrderedDecoupledHWIOTester.scala 318:17]
  wire [3:0] _GEN_330 = 5'h11 == value_1 ? 4'h7 : _GEN_329; // @[OrderedDecoupledHWIOTester.scala 318:17 OrderedDecoupledHWIOTester.scala 318:17]
  wire [3:0] _GEN_331 = 5'h12 == value_1 ? 4'h9 : _GEN_330; // @[OrderedDecoupledHWIOTester.scala 318:17 OrderedDecoupledHWIOTester.scala 318:17]
  wire [3:0] _GEN_332 = 5'h13 == value_1 ? 4'h5 : _GEN_331; // @[OrderedDecoupledHWIOTester.scala 318:17 OrderedDecoupledHWIOTester.scala 318:17]
  wire [3:0] _GEN_333 = 5'h14 == value_1 ? 4'h9 : _GEN_332; // @[OrderedDecoupledHWIOTester.scala 318:17 OrderedDecoupledHWIOTester.scala 318:17]
  wire [3:0] _GEN_334 = 5'h15 == value_1 ? 4'h3 : _GEN_333; // @[OrderedDecoupledHWIOTester.scala 318:17 OrderedDecoupledHWIOTester.scala 318:17]
  wire [3:0] _GEN_335 = 5'h16 == value_1 ? 4'h1 : _GEN_334; // @[OrderedDecoupledHWIOTester.scala 318:17 OrderedDecoupledHWIOTester.scala 318:17]
  wire [3:0] _GEN_336 = 5'h17 == value_1 ? 4'h1 : _GEN_335; // @[OrderedDecoupledHWIOTester.scala 318:17 OrderedDecoupledHWIOTester.scala 318:17]
  wire [3:0] _GEN_337 = 5'h18 == value_1 ? 4'h3 : _GEN_336; // @[OrderedDecoupledHWIOTester.scala 318:17 OrderedDecoupledHWIOTester.scala 318:17]
  wire [3:0] _GEN_338 = 5'h19 == value_1 ? 4'h3 : _GEN_337; // @[OrderedDecoupledHWIOTester.scala 318:17 OrderedDecoupledHWIOTester.scala 318:17]
  wire [3:0] _GEN_339 = 5'h1a == value_1 ? 4'h5 : _GEN_338; // @[OrderedDecoupledHWIOTester.scala 318:17 OrderedDecoupledHWIOTester.scala 318:17]
  wire [3:0] _GEN_340 = 5'h1b == value_1 ? 4'h0 : _GEN_339; // @[OrderedDecoupledHWIOTester.scala 318:17 OrderedDecoupledHWIOTester.scala 318:17]
  wire [31:0] _GEN_348 = {{28'd0}, _GEN_340}; // @[OrderedDecoupledHWIOTester.scala 321:40]
  wire  _T_748 = device_under_test_io_out_bits != _GEN_348; // @[OrderedDecoupledHWIOTester.scala 321:40]
  wire  _T_759 = value_1 == 5'h1a; // @[Counter.scala 25:24]
  wire [4:0] _T_762 = value_1 + 5'h1; // @[Counter.scala 26:22]
  wire  _GEN_342 = _T_10 == 7'h1a | _T_13; // @[OrderedDecoupledHWIOTester.scala 381:48 OrderedDecoupledHWIOTester.scala 382:23 OrderedDecoupledHWIOTester.scala 375:30]
  wire [6:0] _T_771 = _T_10 + 7'h1; // @[OrderedDecoupledHWIOTester.scala 384:28]
  wire  _GEN_350 = _T_743 & _T_748; // @[OrderedDecoupledHWIOTester.scala 322:19]
  SmallOdds3 device_under_test ( // @[SmallOdds3.scala 54:33]
    .clock(device_under_test_clock),
    .reset(device_under_test_reset),
    .io_in_ready(device_under_test_io_in_ready),
    .io_in_valid(device_under_test_io_in_valid),
    .io_in_bits(device_under_test_io_in_bits),
    .io_out_ready(device_under_test_io_out_ready),
    .io_out_valid(device_under_test_io_out_valid),
    .io_out_bits(device_under_test_io_out_bits)
  );
  assign device_under_test_clock = clock;
  assign device_under_test_reset = reset;
  assign device_under_test_io_in_valid = 7'h65 == _T_4[6:0] ? 1'h0 : 1'h1; // @[OrderedDecoupledHWIOTester.scala 285:30 OrderedDecoupledHWIOTester.scala 285:30]
  assign device_under_test_io_in_bits = {{27'd0}, _GEN_101}; // @[OrderedDecoupledHWIOTester.scala 283:14 OrderedDecoupledHWIOTester.scala 283:14]
  assign device_under_test_io_out_ready = 7'h65 == _T_10 ? 1'h0 : _GEN_311; // @[OrderedDecoupledHWIOTester.scala 314:30 OrderedDecoupledHWIOTester.scala 314:30]
  always @(posedge clock) begin
    if (reset) begin // @[OrderedDecoupledHWIOTester.scala 374:30]
      _T_4 <= 9'h0; // @[OrderedDecoupledHWIOTester.scala 374:30]
    end else if (device_under_test_io_in_valid & device_under_test_io_in_ready) begin // @[OrderedDecoupledHWIOTester.scala 287:62]
      if (~_T_7) begin // @[OrderedDecoupledHWIOTester.scala 380:28]
        _T_4 <= _T_469; // @[OrderedDecoupledHWIOTester.scala 384:17]
      end
    end
    if (reset) begin // @[OrderedDecoupledHWIOTester.scala 375:30]
      _T_7 <= 1'h0; // @[OrderedDecoupledHWIOTester.scala 375:30]
    end else if (device_under_test_io_in_valid & device_under_test_io_in_ready) begin // @[OrderedDecoupledHWIOTester.scala 287:62]
      if (~_T_7) begin // @[OrderedDecoupledHWIOTester.scala 380:28]
        _T_7 <= _GEN_205;
      end
    end
    if (reset) begin // @[OrderedDecoupledHWIOTester.scala 374:30]
      _T_10 <= 7'h0; // @[OrderedDecoupledHWIOTester.scala 374:30]
    end else if (device_under_test_io_out_ready & device_under_test_io_out_valid) begin // @[OrderedDecoupledHWIOTester.scala 316:62]
      if (~_T_13) begin // @[OrderedDecoupledHWIOTester.scala 380:28]
        _T_10 <= _T_771; // @[OrderedDecoupledHWIOTester.scala 384:17]
      end
    end
    if (reset) begin // @[OrderedDecoupledHWIOTester.scala 375:30]
      _T_13 <= 1'h0; // @[OrderedDecoupledHWIOTester.scala 375:30]
    end else if (device_under_test_io_out_ready & device_under_test_io_out_valid) begin // @[OrderedDecoupledHWIOTester.scala 316:62]
      if (~_T_13) begin // @[OrderedDecoupledHWIOTester.scala 380:28]
        _T_13 <= _GEN_342;
      end
    end
    if (reset) begin // @[OrderedDecoupledHWIOTester.scala 407:21]
      _T_21 <= 14'h0; // @[OrderedDecoupledHWIOTester.scala 407:21]
    end else begin
      _T_21 <= _T_24; // @[OrderedDecoupledHWIOTester.scala 408:8]
    end
    if (reset) begin // @[Counter.scala 17:33]
      value <= 7'h0; // @[Counter.scala 17:33]
    end else if (device_under_test_io_in_valid & device_under_test_io_in_ready) begin // @[OrderedDecoupledHWIOTester.scala 287:62]
      if (_T_457) begin // @[Counter.scala 28:21]
        value <= 7'h0; // @[Counter.scala 28:29]
      end else begin
        value <= _T_460; // @[Counter.scala 26:13]
      end
    end
    if (reset) begin // @[Counter.scala 17:33]
      value_1 <= 5'h0; // @[Counter.scala 17:33]
    end else if (device_under_test_io_out_ready & device_under_test_io_out_valid) begin // @[OrderedDecoupledHWIOTester.scala 316:62]
      if (_T_759) begin // @[Counter.scala 28:21]
        value_1 <= 5'h0; // @[Counter.scala 28:29]
      end else begin
        value_1 <= _T_762; // @[Counter.scala 26:13]
      end
    end
    `ifndef SYNTHESIS
    `ifdef PRINTF_COND
      if (`PRINTF_COND) begin
    `endif
        if (_T_14 & ~reset) begin
          $fwrite(32'h80000002,"All input and output events completed\n"); // @[OrderedDecoupledHWIOTester.scala 403:13]
        end
    `ifdef PRINTF_COND
      end
    `endif
    `endif // SYNTHESIS
    `ifndef SYNTHESIS
    `ifdef STOP_COND
      if (`STOP_COND) begin
    `endif
        if (_T_14 & _T_16) begin
          $finish; // @[OrderedDecoupledHWIOTester.scala 404:11]
        end
    `ifdef STOP_COND
      end
    `endif
    `endif // SYNTHESIS
    `ifndef SYNTHESIS
    `ifdef PRINTF_COND
      if (`PRINTF_COND) begin
    `endif
        if (_T_26 & _T_16) begin
          $fwrite(32'h80000002,
            "Exceeded maximum allowed %d ticks in OrderedDecoupledHWIOTester, If you think code is correct use:\nDecoupleTester.max_tick_count = <some-higher-value>\nin the OrderedDecoupledHWIOTester subclass\n"
            ,14'h2710); // @[OrderedDecoupledHWIOTester.scala 410:13]
        end
    `ifdef PRINTF_COND
      end
    `endif
    `endif // SYNTHESIS
    `ifndef SYNTHESIS
    `ifdef STOP_COND
      if (`STOP_COND) begin
    `endif
        if (_T_26 & _T_16) begin
          $finish; // @[OrderedDecoupledHWIOTester.scala 416:11]
        end
    `ifdef STOP_COND
      end
    `endif
    `endif // SYNTHESIS
    `ifndef SYNTHESIS
    `ifdef PRINTF_COND
      if (`PRINTF_COND) begin
    `endif
        if (_T_743 & _T_16) begin
          $fwrite(32'h80000002,"output test event %d testing out.bits = %d, should be %d\n",_T_10,
            device_under_test_io_out_bits,5'h1b == value_1 ? 4'h0 : _GEN_339); // @[OrderedDecoupledHWIOTester.scala 318:17]
        end
    `ifdef PRINTF_COND
      end
    `endif
    `endif // SYNTHESIS
    `ifndef SYNTHESIS
    `ifdef PRINTF_COND
      if (`PRINTF_COND) begin
    `endif
        if (_T_743 & _T_748 & _T_16) begin
          $fwrite(32'h80000002,"Error: event %d out.bits was %d should be %d\n",_T_10,device_under_test_io_out_bits,
            _GEN_340); // @[OrderedDecoupledHWIOTester.scala 322:19]
        end
    `ifdef PRINTF_COND
      end
    `endif
    `endif // SYNTHESIS
    `ifndef SYNTHESIS
    `ifdef PRINTF_COND
      if (`PRINTF_COND) begin
    `endif
        if (_GEN_350 & _T_16) begin
          $fwrite(32'h80000002,"Assertion failed\n    at OrderedDecoupledHWIOTester.scala:324 assert(false.B)\n"); // @[OrderedDecoupledHWIOTester.scala 324:19]
        end
    `ifdef PRINTF_COND
      end
    `endif
    `endif // SYNTHESIS
    `ifndef SYNTHESIS
    `ifdef STOP_COND
      if (`STOP_COND) begin
    `endif
        if (_GEN_350 & _T_16) begin
          $fatal; // @[OrderedDecoupledHWIOTester.scala 324:19]
        end
    `ifdef STOP_COND
      end
    `endif
    `endif // SYNTHESIS
    `ifndef SYNTHESIS
    `ifdef STOP_COND
      if (`STOP_COND) begin
    `endif
        if (_GEN_350 & _T_16) begin
          $finish; // @[OrderedDecoupledHWIOTester.scala 325:17]
        end
    `ifdef STOP_COND
      end
    `endif
    `endif // SYNTHESIS
  end
// Register and memory initialization
`ifdef RANDOMIZE_GARBAGE_ASSIGN
`define RANDOMIZE
`endif
`ifdef RANDOMIZE_INVALID_ASSIGN
`define RANDOMIZE
`endif
`ifdef RANDOMIZE_REG_INIT
`define RANDOMIZE
`endif
`ifdef RANDOMIZE_MEM_INIT
`define RANDOMIZE
`endif
`ifndef RANDOM
`define RANDOM $random
`endif
`ifdef RANDOMIZE_MEM_INIT
  integer initvar;
`endif
`ifndef SYNTHESIS
`ifdef FIRRTL_BEFORE_INITIAL
`FIRRTL_BEFORE_INITIAL
`endif
initial begin
  `ifdef RANDOMIZE
    `ifdef INIT_RANDOM
      `INIT_RANDOM
    `endif
    `ifndef VERILATOR
      `ifdef RANDOMIZE_DELAY
        #`RANDOMIZE_DELAY begin end
      `else
        #0.002 begin end
      `endif
    `endif
`ifdef RANDOMIZE_REG_INIT
  _RAND_0 = {1{`RANDOM}};
  _T_4 = _RAND_0[8:0];
  _RAND_1 = {1{`RANDOM}};
  _T_7 = _RAND_1[0:0];
  _RAND_2 = {1{`RANDOM}};
  _T_10 = _RAND_2[6:0];
  _RAND_3 = {1{`RANDOM}};
  _T_13 = _RAND_3[0:0];
  _RAND_4 = {1{`RANDOM}};
  _T_21 = _RAND_4[13:0];
  _RAND_5 = {1{`RANDOM}};
  value = _RAND_5[6:0];
  _RAND_6 = {1{`RANDOM}};
  value_1 = _RAND_6[4:0];
`endif // RANDOMIZE_REG_INIT
  `endif // RANDOMIZE
end // initial
`ifdef FIRRTL_AFTER_INITIAL
`FIRRTL_AFTER_INITIAL
`endif
`endif // SYNTHESIS
endmodule